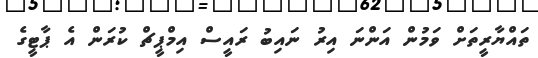
ތައްޔާރީތަށް ވަމުން އަންނަ އިރު ނައިބު ރައީސް އިމްޕީޗް ކުރަން އެ ޕާޓީގެ